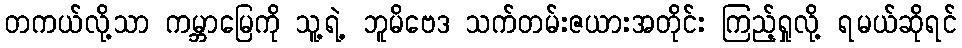
တကယ်လို့သာ ကမ္ဘာမြေကို သူ့ရဲ့ ဘူမိဗေဒ သက်တမ်းဇယားအတိုင်း ကြည့်ရှုလို့ ရမယ်ဆိုရင်